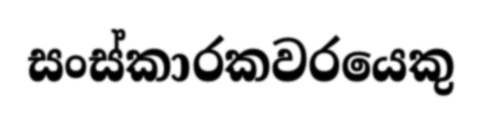
සංස්කාරකවරයෙකු